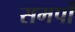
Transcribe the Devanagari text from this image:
समर्पो